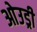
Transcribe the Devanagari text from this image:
ओउड्री